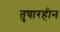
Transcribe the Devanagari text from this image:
तुषारहीन